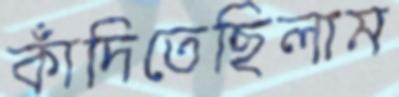
কাঁদিতেছিলাম